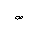
Letter: _sad